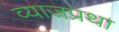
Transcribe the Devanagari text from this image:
व्याजप्रथा